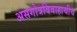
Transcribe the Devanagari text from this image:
असगोत्रविवाहाचीच